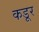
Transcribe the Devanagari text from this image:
कडूर